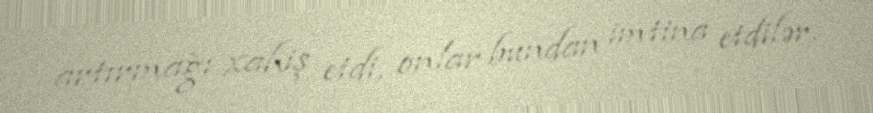
artırmağı xahiş etdi, onlar bundan imtina etdilər.